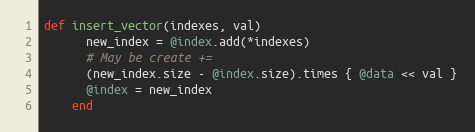
Language: Ruby
def insert_vector(indexes, val)
      new_index = @index.add(*indexes)
      # May be create +=
      (new_index.size - @index.size).times { @data << val }
      @index = new_index
    end